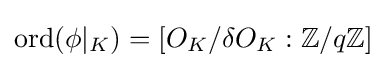
\operatorname {ord} (\phi \vert _{K})=[O_{K}/\delta O_{K}:\mathbb {Z} /q\mathbb {Z} ]